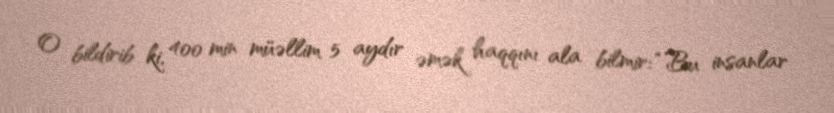
O bildirib ki, 400 min müəllim 5 aydır əmək haqqını ala bilmir: “Bu insanlar